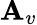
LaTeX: \mathbf{A}_{v}